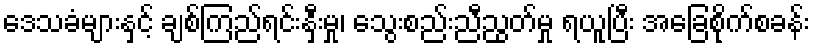
ဒေသခံများနှင့် ချစ်ကြည်ရင်းနှီးမှု၊ သွေးစည်းညီညွတ်မှု ရယူပြီး အခြေစိုက်စခန်း